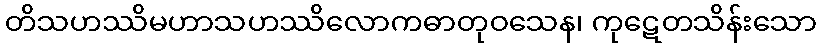
တိသဟဿိမဟာသဟဿိလောကဓာတုဝသေန၊ ကုဋေတသိန်းသော